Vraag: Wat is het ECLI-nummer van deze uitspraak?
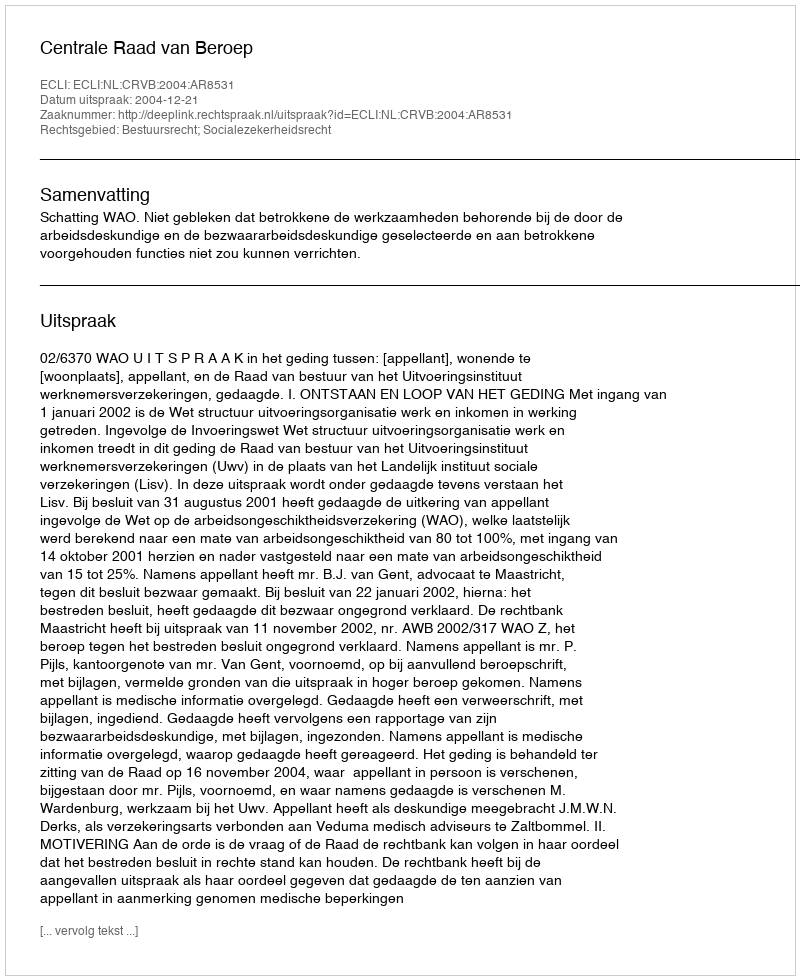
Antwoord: ECLI:NL:CRVB:2004:AR8531